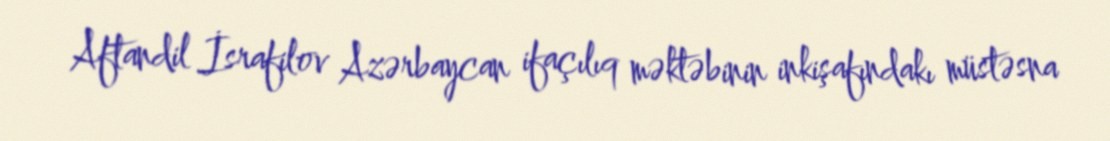
Aftandil İsrafilov Azərbaycan ifaçılıq məktəbinin inkişafındakı müstəsna